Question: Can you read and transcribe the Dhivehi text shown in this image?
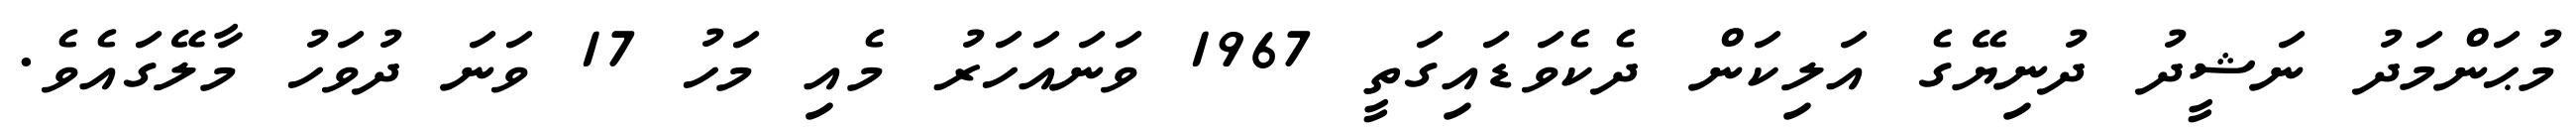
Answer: މުޙަންމަދު ނަޝީދު ދުނިޔޭގެ އަލިކަން ދެކެވަޑައިގަތީ 1967 ވަނައަހަރު މެއި މަހު 17 ވަނަ ދުވަހު މާލޭގައެވެ.